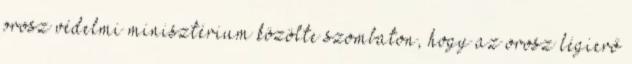
orosz védelmi minisztérium közölte szombaton, hogy az orosz légierő